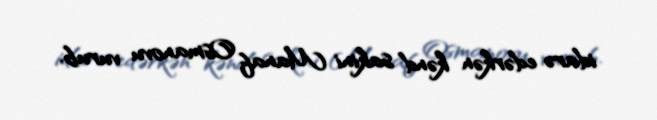
idarə edərkən kənd sakini Manaf Osmanovu vurub.